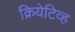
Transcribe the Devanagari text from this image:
क्रियेटिव्ह